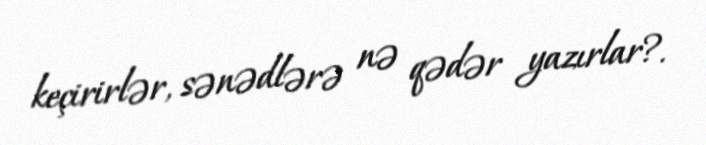
keçirirlər, sənədlərə nə qədər yazırlar?.